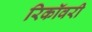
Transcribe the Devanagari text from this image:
रिकॉवरी